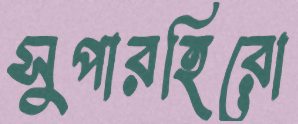
সুপারহিরো